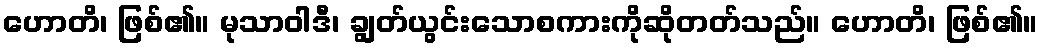
ဟောတိ၊ ဖြစ်၏။ မုသာဝါဒီ၊ ချွတ်ယွင်းသောစကားကိုဆိုတတ်သည်။ ဟောတိ၊ ဖြစ်၏။